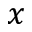
x